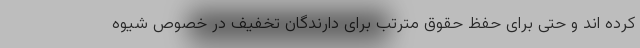
کرده اند و حتی برای حفظ حقوق مترتب برای دارندگان تخفیف در خصوص شیوه